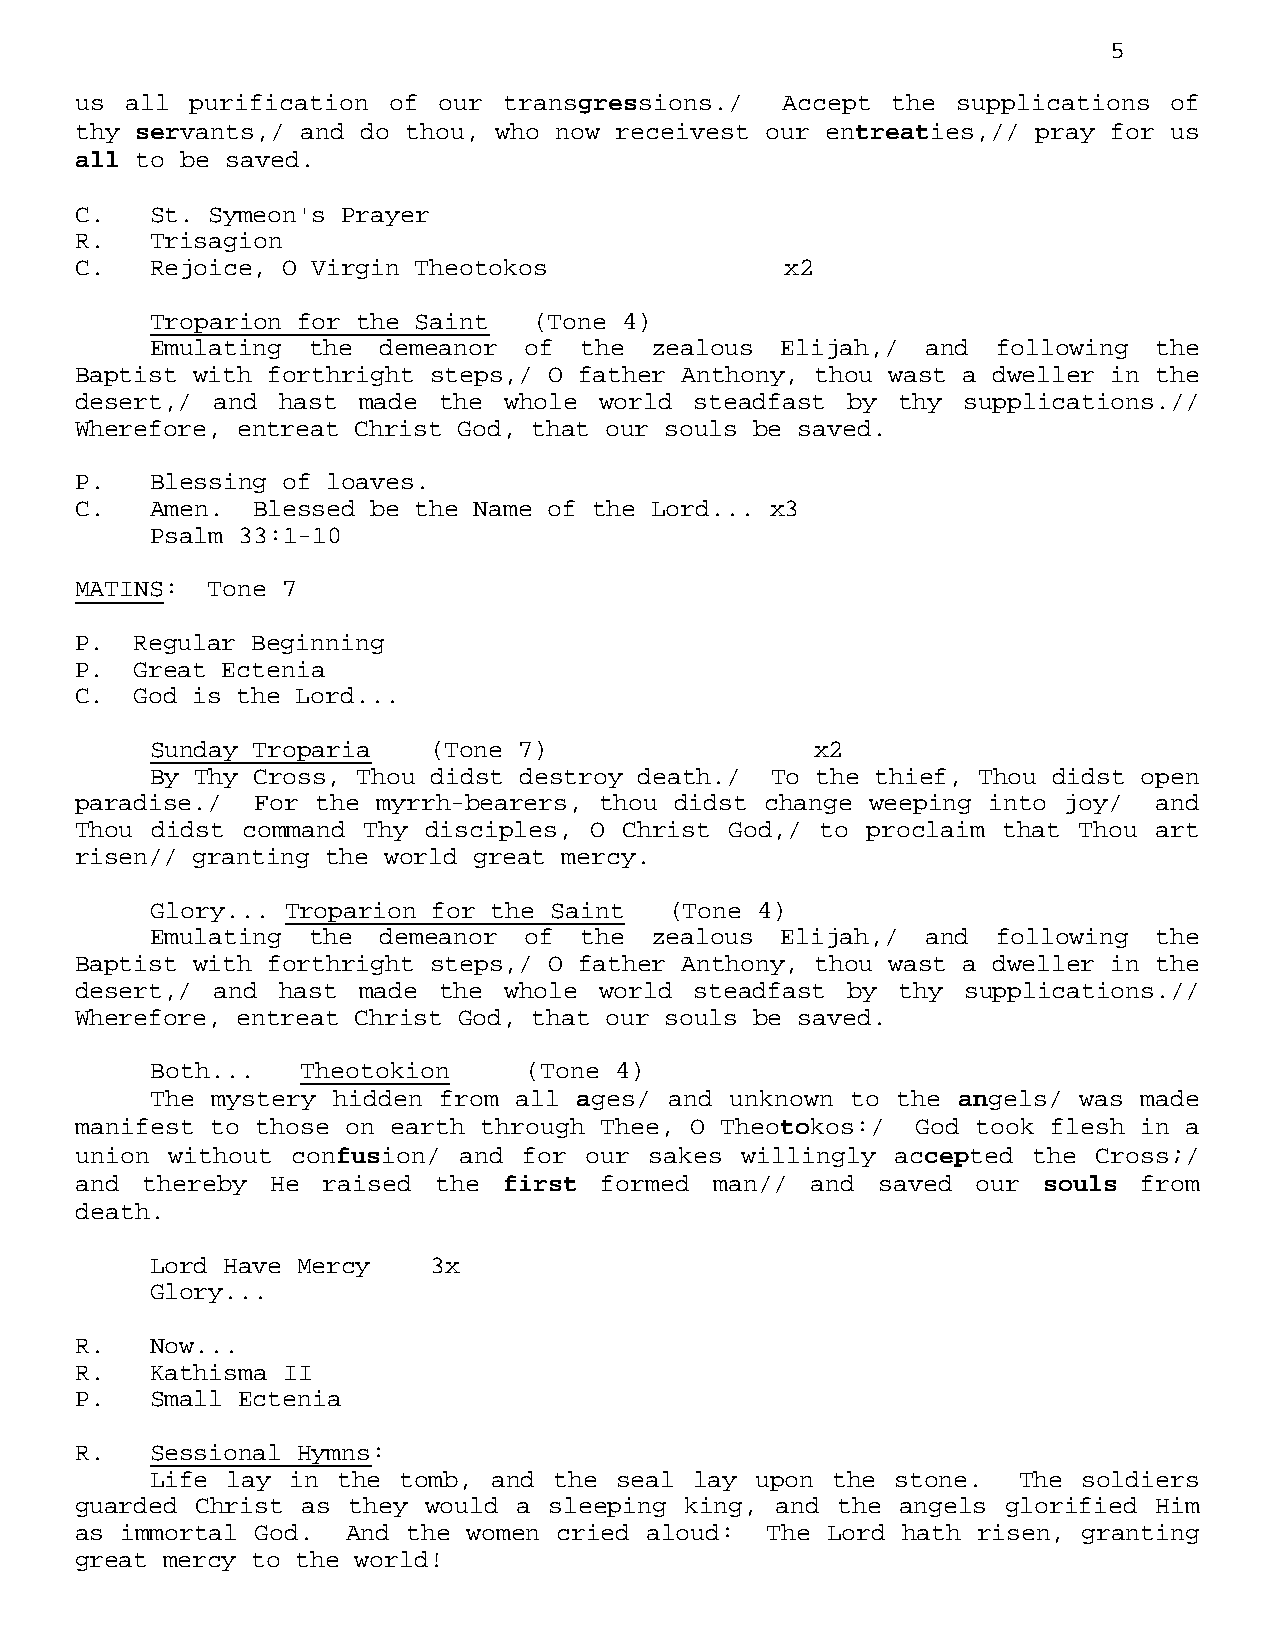
5
 us all  purification of our transgressions./   Accept the supplications of
 thy servants,/ and do thou, who now receivest our entreaties,// pray for us
 all to be saved.
 C.   St. Symeon's Prayer
 R.   Trisagion
 C.   Rejoice, O Virgin Theotokos               x2
 Troparion for the Saint  (Tone 4)
 Emulating the  demeanor  of the  zealous  Elijah,/ and  following  the
 Baptist with forthright steps,/ O father Anthony, thou wast a dweller in the
 desert,/ and  hast made the whole  world steadfast by  thy supplications.//
 Wherefore, entreat Christ God, that our souls be saved.
 P.   Blessing of loaves.
 C.   Amen.  Blessed be the Name of the Lord... x3
 Psalm 33:1-10
 MATINS:  Tone 7
 P.  Regular Beginning
 P.  Great Ectenia
 C.  God is the Lord...
 Sunday Troparia    (Tone 7)                 x2
 By Thy Cross, Thou didst destroy death./ To the thief, Thou didst open
 paradise./  For the myrrh-bearers, thou didst change weeping into joy/  and
 Thou didst command Thy disciples, O Christ God,/ to proclaim that Thou  art
 risen// granting the world great mercy.
 Glory... Troparion for the Saint  (Tone 4)
 Emulating the  demeanor  of the  zealous  Elijah,/ and  following  the
 Baptist with forthright steps,/ O father Anthony, thou wast a dweller in the
 desert,/ and  hast made the whole  world steadfast by  thy supplications.//
 Wherefore, entreat Christ God, that our souls be saved.
 Both...   Theotokion     (Tone 4)
 The mystery hidden from all ages/ and unknown to the angels/ was made
 manifest to those on earth through Thee, O Theotokos:/  God took flesh in a
 union without confusion/ and  for our sakes willingly accepted the Cross;/
 and thereby  He raised  the first  formed man//  and saved  our souls from
 death.
 Lord Have Mercy   3x
 Glory...
 R.   Now...
 R.   Kathisma II
 P.   Small Ectenia
 R.   Sessional Hymns:
 Life lay in the tomb,  and the seal lay upon the stone.   The soldiers
 guarded Christ as they would a sleeping king, and the  angels glorified Him
 as immortal God.  And the women cried aloud:  The Lord hath risen, granting
 great mercy to the world!